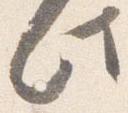
此